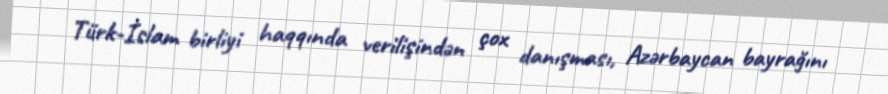
Türk-İslam birliyi haqqında verilişindən çox danışması, Azərbaycan bayrağını